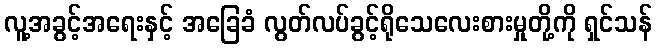
လူ့အခွင့်အရေးနှင့် အခြေခံ လွတ်လပ်ခွင့်ရိုသေလေးစားမှုတို့ကို ရှင်သန်